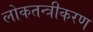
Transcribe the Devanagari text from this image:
लोकतन्‍त्रीकरण